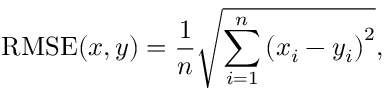
\mathrm { R M S E } ( { \boldsymbol { x } } , { \boldsymbol { y } } ) = \frac { 1 } { n } \sqrt { \sum _ { i = 1 } ^ { n } \left( x _ { i } - y _ { i } \right) ^ { 2 } } ,